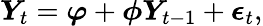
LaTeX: \boldsymbol{Y}_{t}=\boldsymbol{\varphi}+\boldsymbol{\phi}\boldsymbol{Y}_{t-1}+\boldsymbol{\epsilon}_{t},